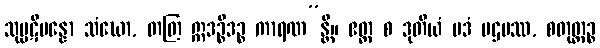
သုပ္ပဋိပန္နော သံဃော, တတြ ဣဒဉ္စိဒဉ္စ ကာရဏ”န္တိ။ ဧတ္ထ စ ဒုတိယံ ပဒံ ပဌမဿ, စတုတ္ထဉ္စ